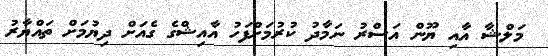
މަލްޝާ އާއި ޔޫން އަސްރު ނަމާދު ކުރުމަށްފަހު އާއިޝްގެ ގެއަށް ދިޔުމަށް ތައްޔާރު